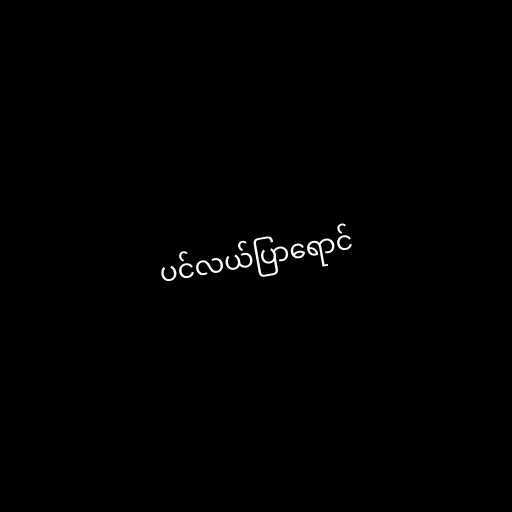
ပင်လယ်ပြာရောင်